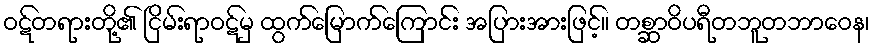
ဝဋ်တရားတို့၏ ငြိမ်းရာဝဋ်မှ ထွက်မြောက်ကြောင်း အပြားအားဖြင့်။ တစ္ဆာဝိပရီတဘူတဘာဝေန၊